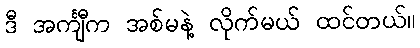
ဒီ အင်္ကျီက အစ်မနဲ့ လိုက်မယ် ထင်တယ်။